Civil Veterinary Department. Madras. Admin. report 1926-33 - 1926-1933
Year: 1926
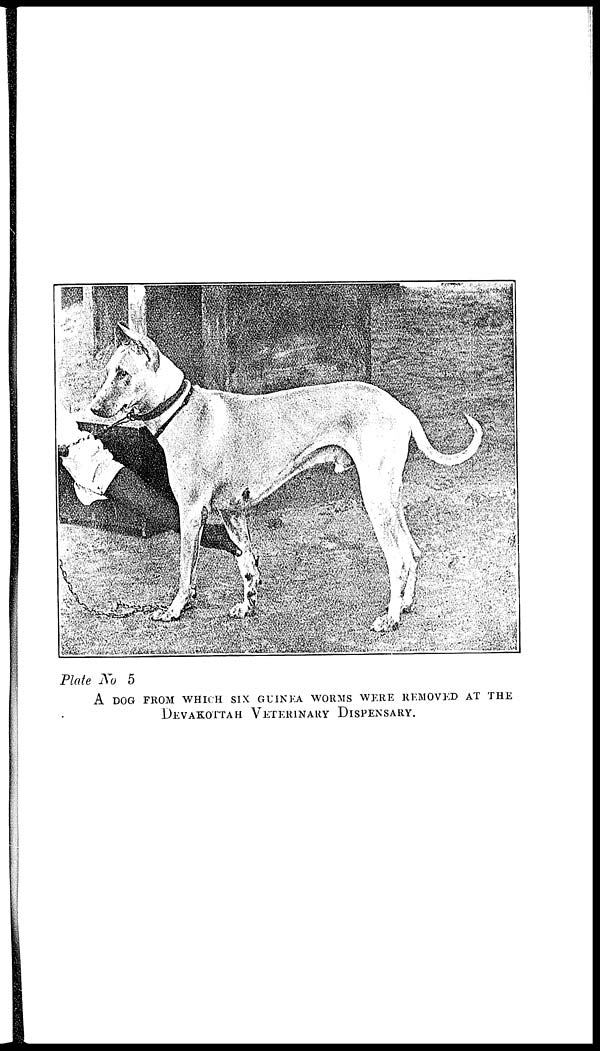
Plate No 5
A DOG FROM WHICH SIX GUNEA WORMS WERE REMOVED AT THE
DEVAKOTTAH VETERINARY DISPENSARY.